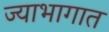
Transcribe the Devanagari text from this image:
ज्याभागात